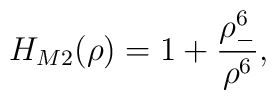
H_{M2}(\rho)=1+\frac{\rho_{-}^{6}}{\rho^{6}},